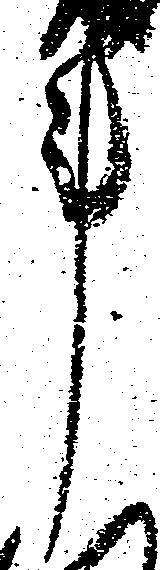
事